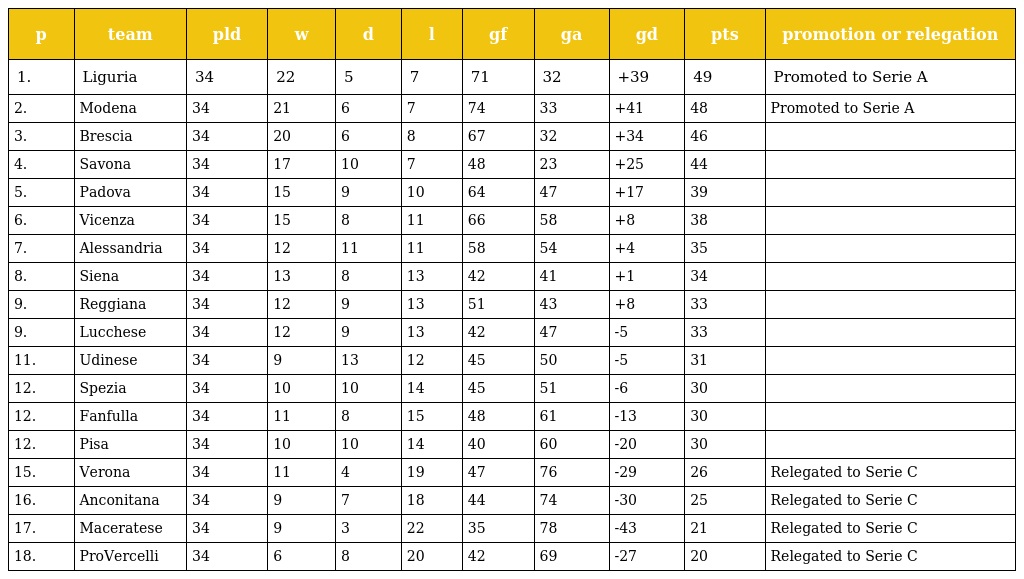
| p | team | pld | w | d | l | gf | ga | gd | pts | promotion or relegation |
 | --- | --- | --- | --- | --- | --- | --- | --- | --- | --- | --- |
 | 1. | Liguria | 34 | 22 | 5 | 7 | 71 | 32 | +39 | 49 | Promoted to Serie A |
 | 2. | Modena | 34 | 21 | 6 | 7 | 74 | 33 | +41 | 48 | Promoted to Serie A |
 | 3. | Brescia | 34 | 20 | 6 | 8 | 67 | 32 | +34 | 46 |  |
 | 4. | Savona | 34 | 17 | 10 | 7 | 48 | 23 | +25 | 44 |  |
 | 5. | Padova | 34 | 15 | 9 | 10 | 64 | 47 | +17 | 39 |  |
 | 6. | Vicenza | 34 | 15 | 8 | 11 | 66 | 58 | +8 | 38 |  |
 | 7. | Alessandria | 34 | 12 | 11 | 11 | 58 | 54 | +4 | 35 |  |
 | 8. | Siena | 34 | 13 | 8 | 13 | 42 | 41 | +1 | 34 |  |
 | 9. | Reggiana | 34 | 12 | 9 | 13 | 51 | 43 | +8 | 33 |  |
 | 9. | Lucchese | 34 | 12 | 9 | 13 | 42 | 47 | -5 | 33 |  |
 | 11. | Udinese | 34 | 9 | 13 | 12 | 45 | 50 | -5 | 31 |  |
 | 12. | Spezia | 34 | 10 | 10 | 14 | 45 | 51 | -6 | 30 |  |
 | 12. | Fanfulla | 34 | 11 | 8 | 15 | 48 | 61 | -13 | 30 |  |
 | 12. | Pisa | 34 | 10 | 10 | 14 | 40 | 60 | -20 | 30 |  |
 | 15. | Verona | 34 | 11 | 4 | 19 | 47 | 76 | -29 | 26 | Relegated to Serie C |
 | 16. | Anconitana | 34 | 9 | 7 | 18 | 44 | 74 | -30 | 25 | Relegated to Serie C |
 | 17. | Maceratese | 34 | 9 | 3 | 22 | 35 | 78 | -43 | 21 | Relegated to Serie C |
 | 18. | ProVercelli | 34 | 6 | 8 | 20 | 42 | 69 | -27 | 20 | Relegated to Serie C |